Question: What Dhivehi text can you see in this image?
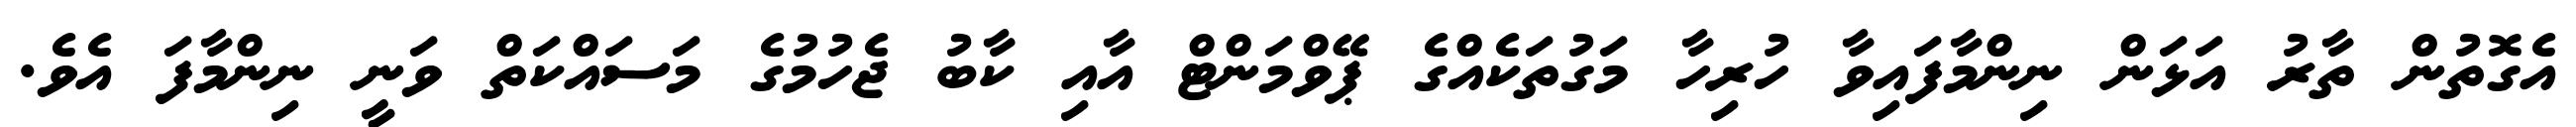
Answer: އެގޮތުން ތާރު އަޅަން ނިންމާފައިވާ ހުރިހާ މަގުތަކެއްގެ ޕޭވްމަންޓް އާއި ކާބު ޖެހުމުގެ މަސައްކަތް ވަނީ ނިންމާފަ އެވެ.